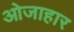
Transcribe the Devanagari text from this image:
ओजाहार